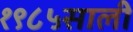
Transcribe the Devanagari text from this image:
१९८५साली